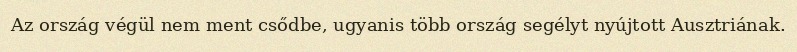
Az ország végül nem ment csődbe, ugyanis több ország segélyt nyújtott Ausztriának.